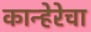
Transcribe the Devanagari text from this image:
कान्हेरेचा